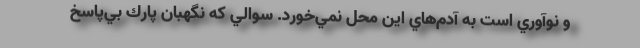
و نوآوري است به آدم‌هاي اين محل نمي‌خورد. سوالي كه نگهبان پارك بي‌پاسخ